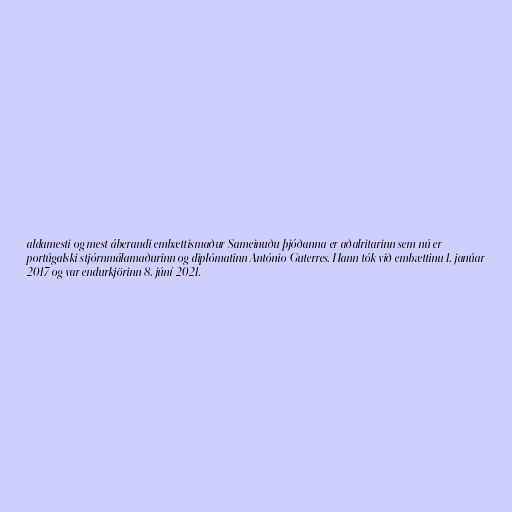
aldamesti og mest áberandi embættismaður Sameinuðu þjóðanna er aðalritarinn sem nú er
portúgalski stjórnmálamaðurinn og diplómatinn António Guterres. Hann tók við embættinu 1. janúar
2017 og var endurkjörinn 8. júní 2021.